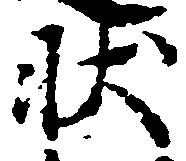
状